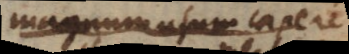
magnum usum capere